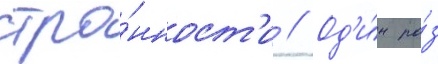
стра́нност'и // Од'и́н ра́з